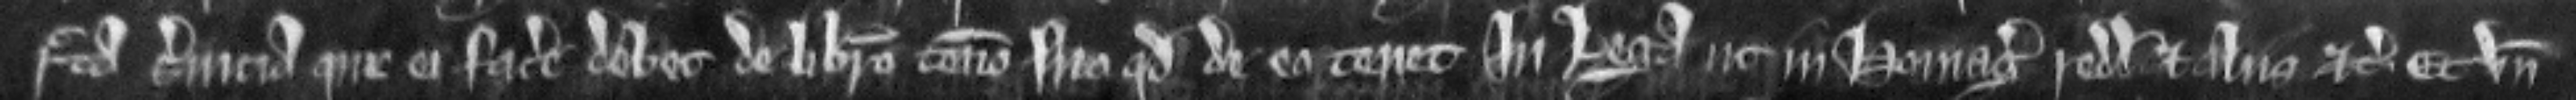
recta servicia que ei facere debet de libero tenemento suo quod de eo tenet in Lega ut in homagiis redditibus et allis etc. Et unde